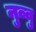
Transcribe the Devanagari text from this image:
नुव्वु